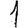
Digit: 1